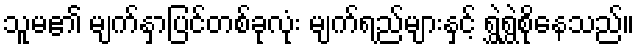
သူမ၏ မျက်နှာပြင်တစ်ခုလုံး မျက်ရည်များနှင့် ရွှဲရွှဲစိုနေသည်။